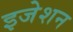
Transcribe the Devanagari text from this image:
इजेशन